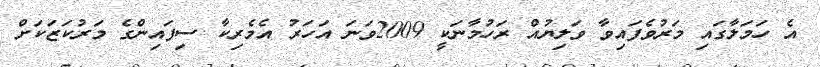
އެ ހަމަލާގައި މަރުވެފައިވާ ވަލިޔުއް ރަހުމާނަކީ 2009ވަނަ އަހަރު އެމެރިކާ ސިފައިންގެ މަރުކަޒަކަށް